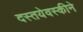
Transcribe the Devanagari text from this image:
दस्तयेवस्कीने